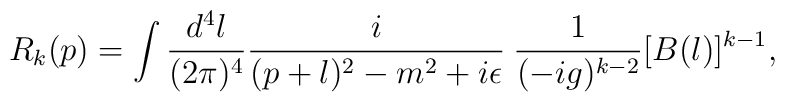
R_k(p)=\int\frac{d^{4}l}{(2\pi)^{4}} \frac{i}{(p+l)^{2}-m^{2}+i\epsilon}       \hspace{0.1cm}\frac{1}{(-ig)^{k-2}}[B(l)]^{k-1},